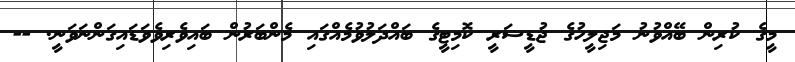
މީގެ ކުރިން ބޭއްވުނު މަޖިލީހުގެ ޖުޑީޝަރީ ކޮމިޓީގެ ބައްދަލުވުމެއްގައި މެންބަރުން ބައިވެރިވެވަޑައިގަންނަވަނީ. --